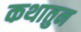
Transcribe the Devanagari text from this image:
कथातुन